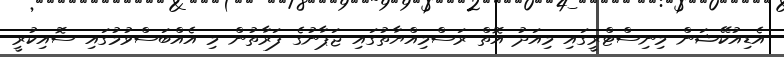
އެޑިއުކޭޝަން މިނިސްޓްރީގައި މިއަދު އޮތް ރަސްމިއްޔާތުގައި ޖަޕާނުގެ ފަރާތުން މި އެއްބަސްވުމުގައި ސޮއިކުރީ